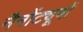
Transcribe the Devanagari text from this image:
नैनोंट्यूबों